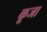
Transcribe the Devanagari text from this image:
कूजा